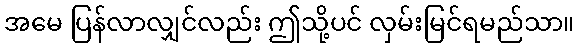
အမေ ပြန်လာလျှင်လည်း ဤသို့ပင် လှမ်းမြင်ရမည်သာ။